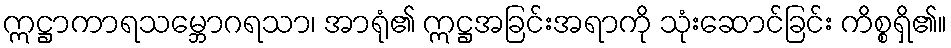
ဣဋ္ဌာကာရသမ္ဘောဂရသာ၊ အာရုံ၏ ဣဋ္ဌအခြင်းအရာကို သုံးဆောင်ခြင်း ကိစ္စရှိ၏။